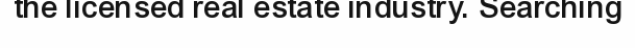
the licensed real estate industry. Searching